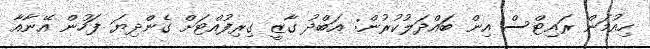
ހިއުމަން ރައިޓްސް އިން ބައްދަލުކުރުން: އަބްދު ގާޒީ ގިރިފުއްޓަށް ގެންދިޔަ ފަހުން އޭނާއާ